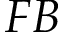
F B